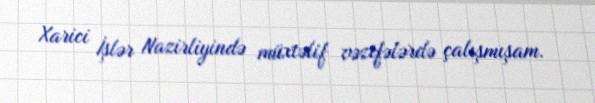
Xarici İşlər Nazirliyində müxtəlif vəzifələrdə çalışmışam.